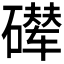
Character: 𪿵